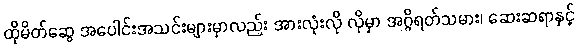
ထိုမိတ်ဆွေ အပေါင်းအသင်းများမှာလည်း အားလုံးလို လိုမှာ အဂ္ဂိရတ်သမား၊ ဆေးဆရာနှင့်